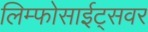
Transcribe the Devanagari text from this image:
लिम्फोसाईट्सवर